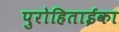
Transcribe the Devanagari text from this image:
पुरोहिताईका